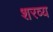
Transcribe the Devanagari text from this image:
शरव्य